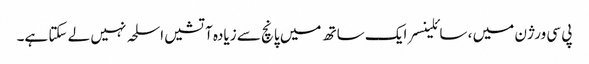
پی سی ورژن میں ، سائلینسر ایک ساتھ میں پانچ سے زیادہ آتشیں اسلحہ نہیں لے سکتا ہے۔